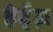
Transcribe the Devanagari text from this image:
हेर्ट्ज़